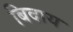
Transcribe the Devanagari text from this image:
बिदाय